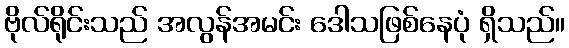
ဗိုလ်ရိုင်းသည် အလွန်အမင်း ဒေါသဖြစ်နေပုံ ရှိသည်။